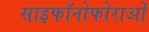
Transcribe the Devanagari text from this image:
साइफॉनोफोराओं